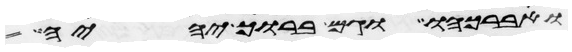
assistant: ואברכהו וגם ברוך יהיה